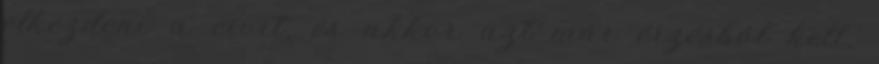
elkezdeni a civit, és akkor azt már érzésból kell,